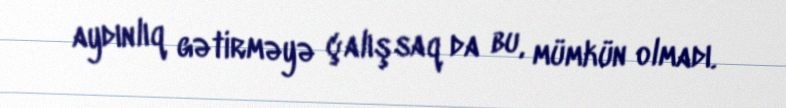
aydınlıq gətirməyə çalışsaq da bu, mümkün olmadı.